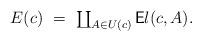
LaTeX: \begin{align*}E(c)\ =\ {\textstyle \coprod_{A\in U(c)}{\mathsf{E}l}(c, A)}.\end{align*}